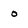
Character: o